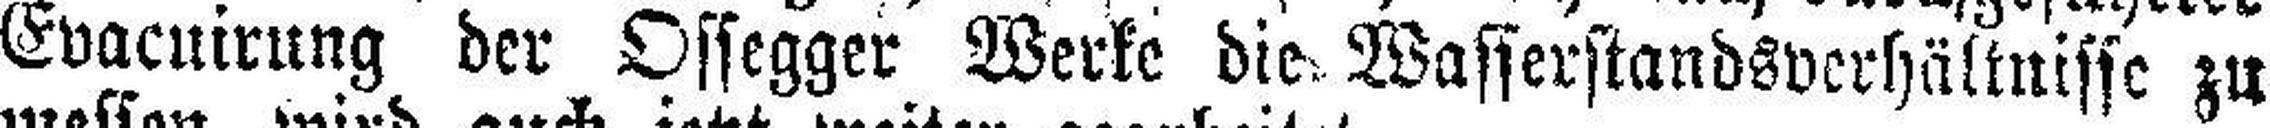
Evacuirung der Ossegger Werke die Wasserstandsverhältnisse zu